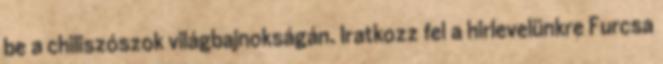
be a chiliszószok világbajnokságán. Iratkozz fel a hirlevelünkre Furcsa